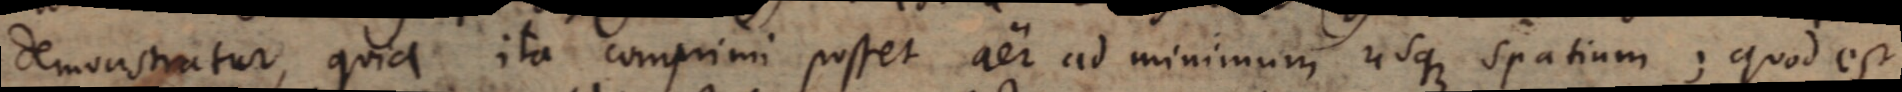
demonstratur, quia ita comprimi posset aer ad minimum usque spatium; quod est